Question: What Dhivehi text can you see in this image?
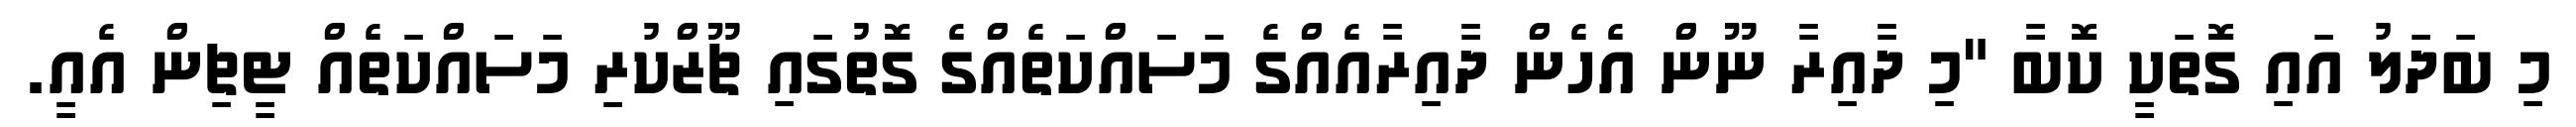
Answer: މި ބަދަލު އައި ގޮތަކީ ކޮބާ "މި ދާއިރާ ނޫން އެހެން ދާއިރާއެއްގެ މަސައްކަތެއްގެ ގޮތުގައި ޗޫޒްކުރި މަސައްކަތެއް ޓީޗިން އެއީ.